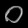
Digit: ၀